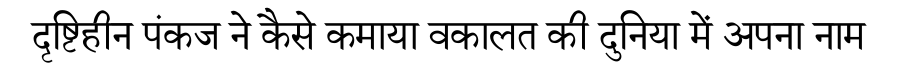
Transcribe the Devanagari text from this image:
दृष्टिहीन पंकज ने कैसे कमाया वकालत की दुनिया में अपना नाम